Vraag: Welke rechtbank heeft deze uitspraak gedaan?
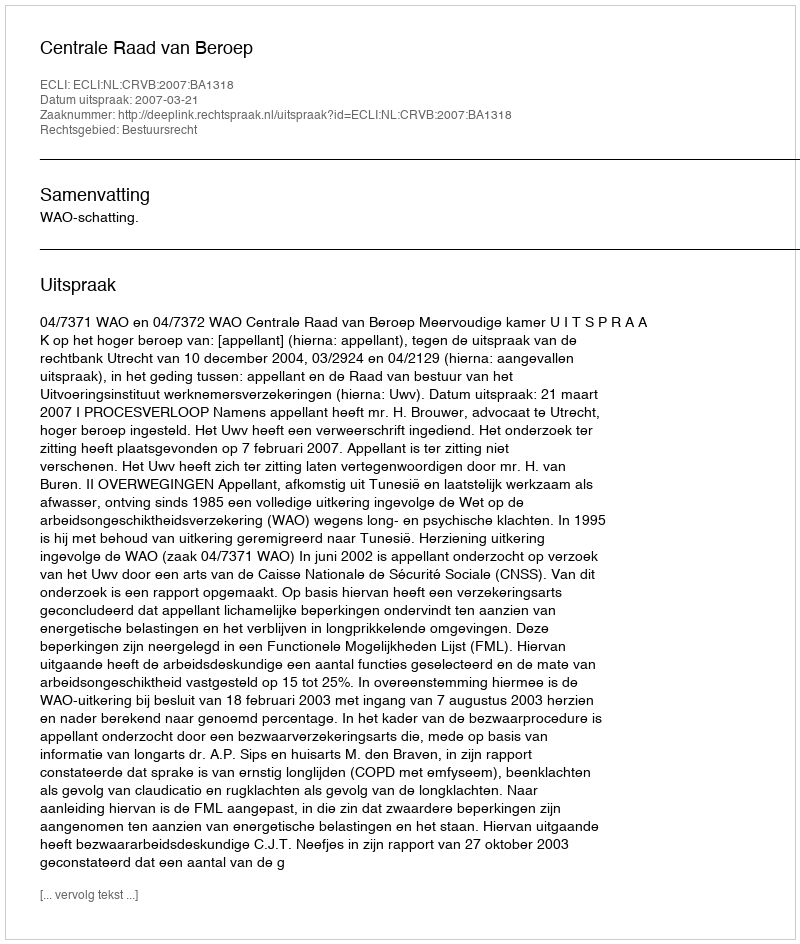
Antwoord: Centrale Raad van Beroep